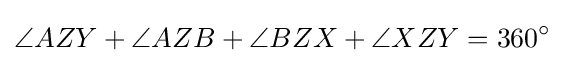
\angle {AZY}+\angle {AZB}+\angle {BZX}+\angle {XZY}=360^{\circ }